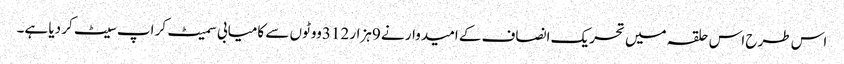
اس طرح اس حلقہ میں تحریک انصاف کے امیدوار نے 9ہزار 312ووٹوں سے کامیابی سمیٹ کر اپ سیٹ کر دیا ہے۔